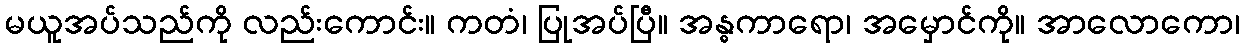
မယူအပ်သည်ကို လည်းကောင်း။ ကတံ၊ ပြုအပ်ပြီ။ အန္ဓကာရော၊ အမှောင်ကို။ အာလောကော၊